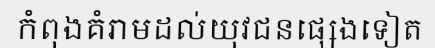
កំពុងគំរាមដល់យុវជនផ្សេងទៀត